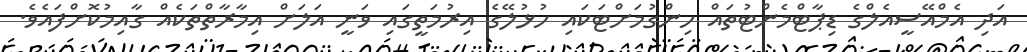
އަދި އެމްއޭސީއެލްގެ ޑިޕާޓްމެންޓުތައް ހިންގުމަށްޓަކައި ހުޅުލޭގެ އިރުމަތީގައި ވަނީ އަލަށް އިމާރާތްތަކެއް ގާއިމުކޮށްފައެވެ.